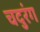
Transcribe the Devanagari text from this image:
चदुरंग